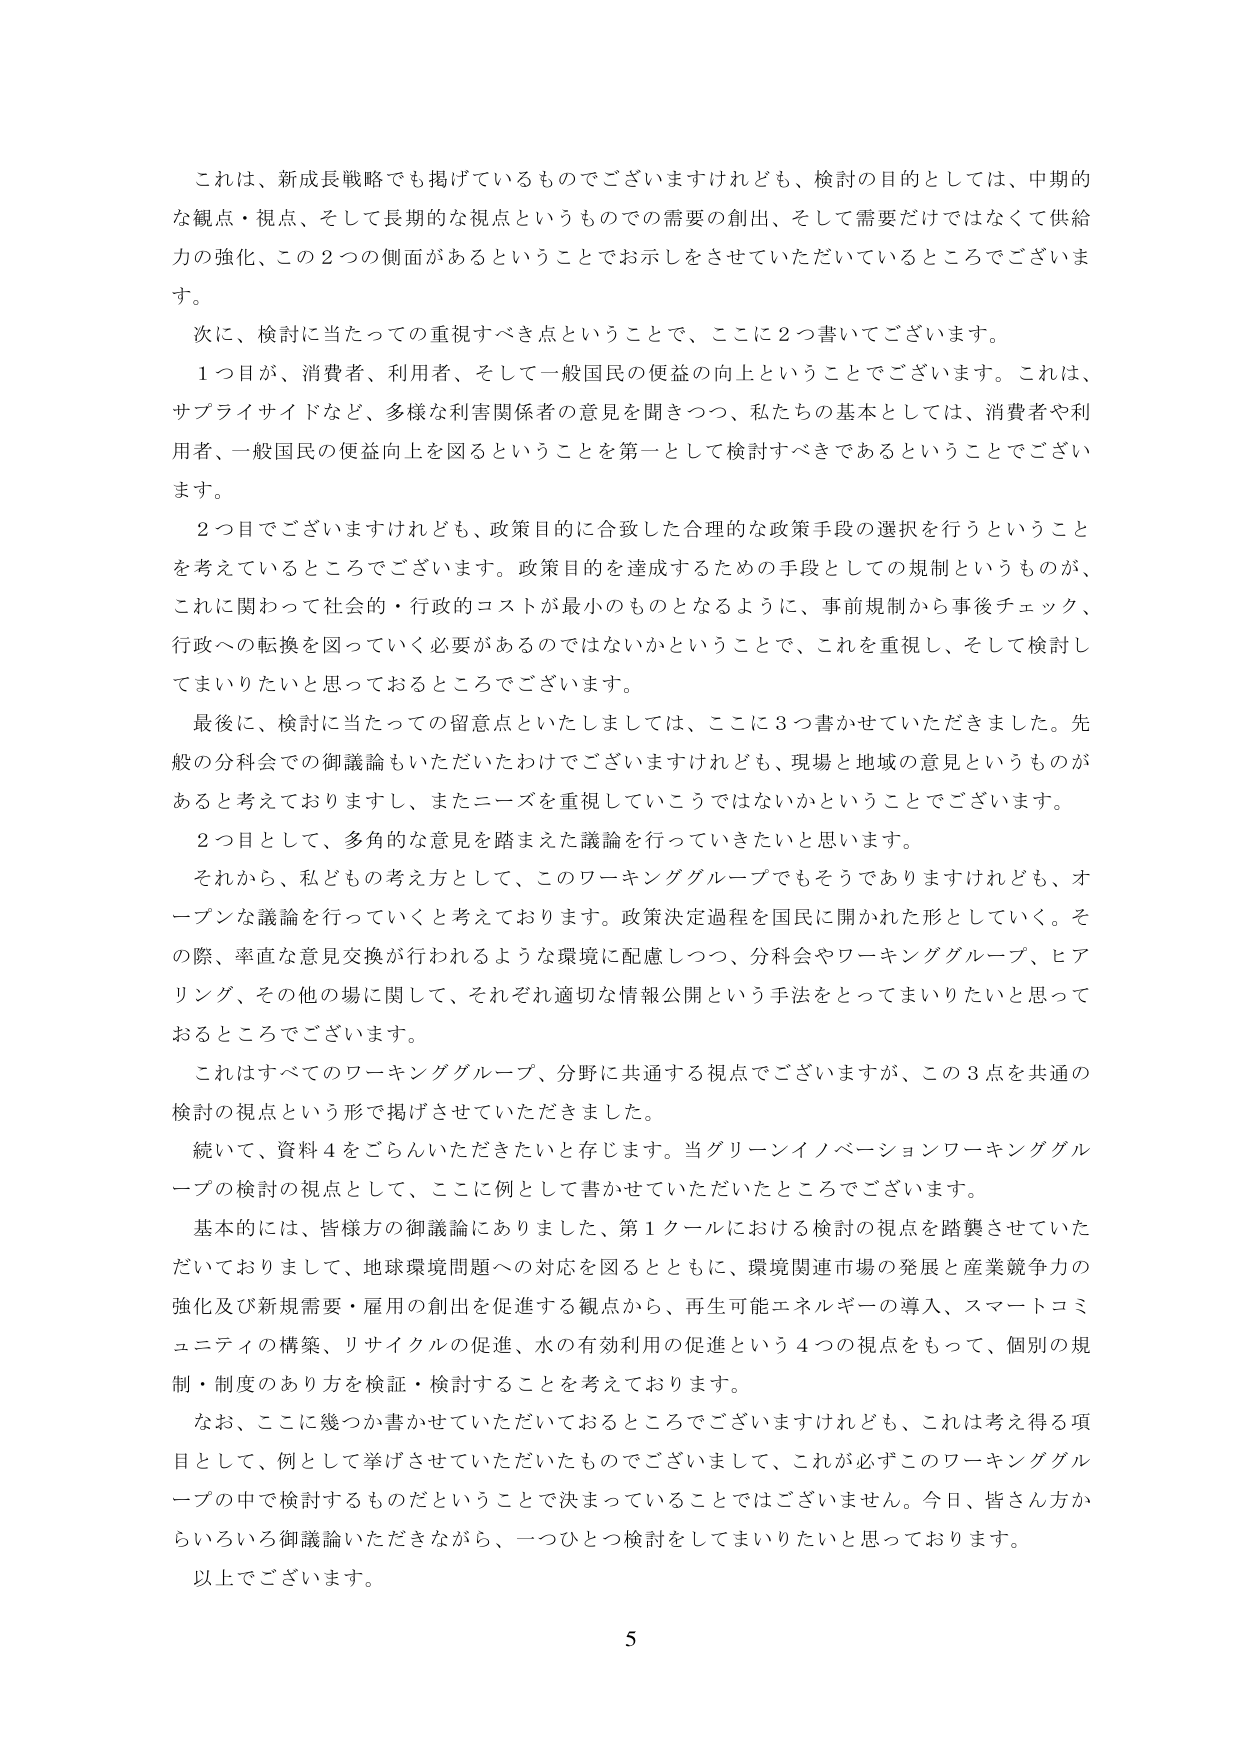
これは、新成長戦略でも掲げているものでございますけれども、検討の目的としては、中期的な観点・視点、そして長期的な視点というものですので需要の創出、そして需要だけではなくて供給力の強化、この２つの側面があるということでお示しをさせていただいているところでございます。

次に、検討に当たっての重視すべき点ということで、ここに２つ書いてございます。

１つ目が、消費者、利用者、そして一般国民の便益の向上ということでございます。これは、サプライサイドなど、多様な利害関係者の意見を聞きつつ、私たちの基本としては、消費者や利用者、一般国民の便益向上を図ることを第一として検討すべきであるということでございます。

２つ目でございますけれども、政策目的に合致した合理的な政策手段の選択を行うということを考えているところでございます。政策目的を達成するための手段としての規制というものが、これに関わって社会的・行政的コストが最小のものとなるように、事前規制から事後チェック、行政への転換を図っていく必要があるのではないかということで、これを重視し、そして検討してまいりたいと思っておるところでございます。

最後に、検討に当たっての留意点といたしましては、ここに３つ書かせていただきました。先般の分科会での御議論もいただいたわけでございますけれども、現場と地域の意見というものがあると考えておりますし、またニーズを重視していこうではないかということでございます。

２つ目として、多角的な意見を踏まえた議論を行っていきたいと思います。

それから、私どもの考え方として、このワーキンググループでもそうでありますけれども、オープンな議論を行っていくと考えております。政策決定過程を国民に開かれた形としていく。その際、率直な意見交換が行われるような環境に配慮しつつ、分科会やワーキンググループ、ヒアリング、その他の場に関して、それぞれ適切な情報公開という手法をとってまいりたいと思っておるところでございます。

これはすべてのワーキンググループ、分野に共通する視点でございますが、この３点を共通の検討の視点という形で掲げさせていただきました。

続いて、資料４をごらんいただきたいと存じます。当グリーンイノベーションワーキンググループの検討の視点として、ここに例として書かせていただいたところでございます。

基本的には、皆様方の御議論にありました、第１クールにおける検討の視点を踏襲させていただいておりまして、地球環境問題への対応を図るとともに、環境関連市場の発展と産業競争力の強化及び新規需要・雇用の創出を促進する観点から、再生可能エネルギーの導入、スマートコミュニティの構築、リサイクルの促進、水の有効利用の促進という４つの視点をもって、個別の規制・制度のあり方を検証・検討することを考えております。

なお、ここに幾つか書かせていただいているところでございますけれども、これは考え得る項目として、例として挙げさせていただいたものでございまして、これが必ずこのワーキンググループの中で検討するものだということに決まっていることではございません。今日、皆さん方からいろいろ御議論いただきながら、一つひとつ検討をしてまいりたいと思っております。

以上でございます。

5